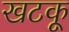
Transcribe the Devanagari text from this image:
खटकू